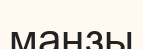
маңзы